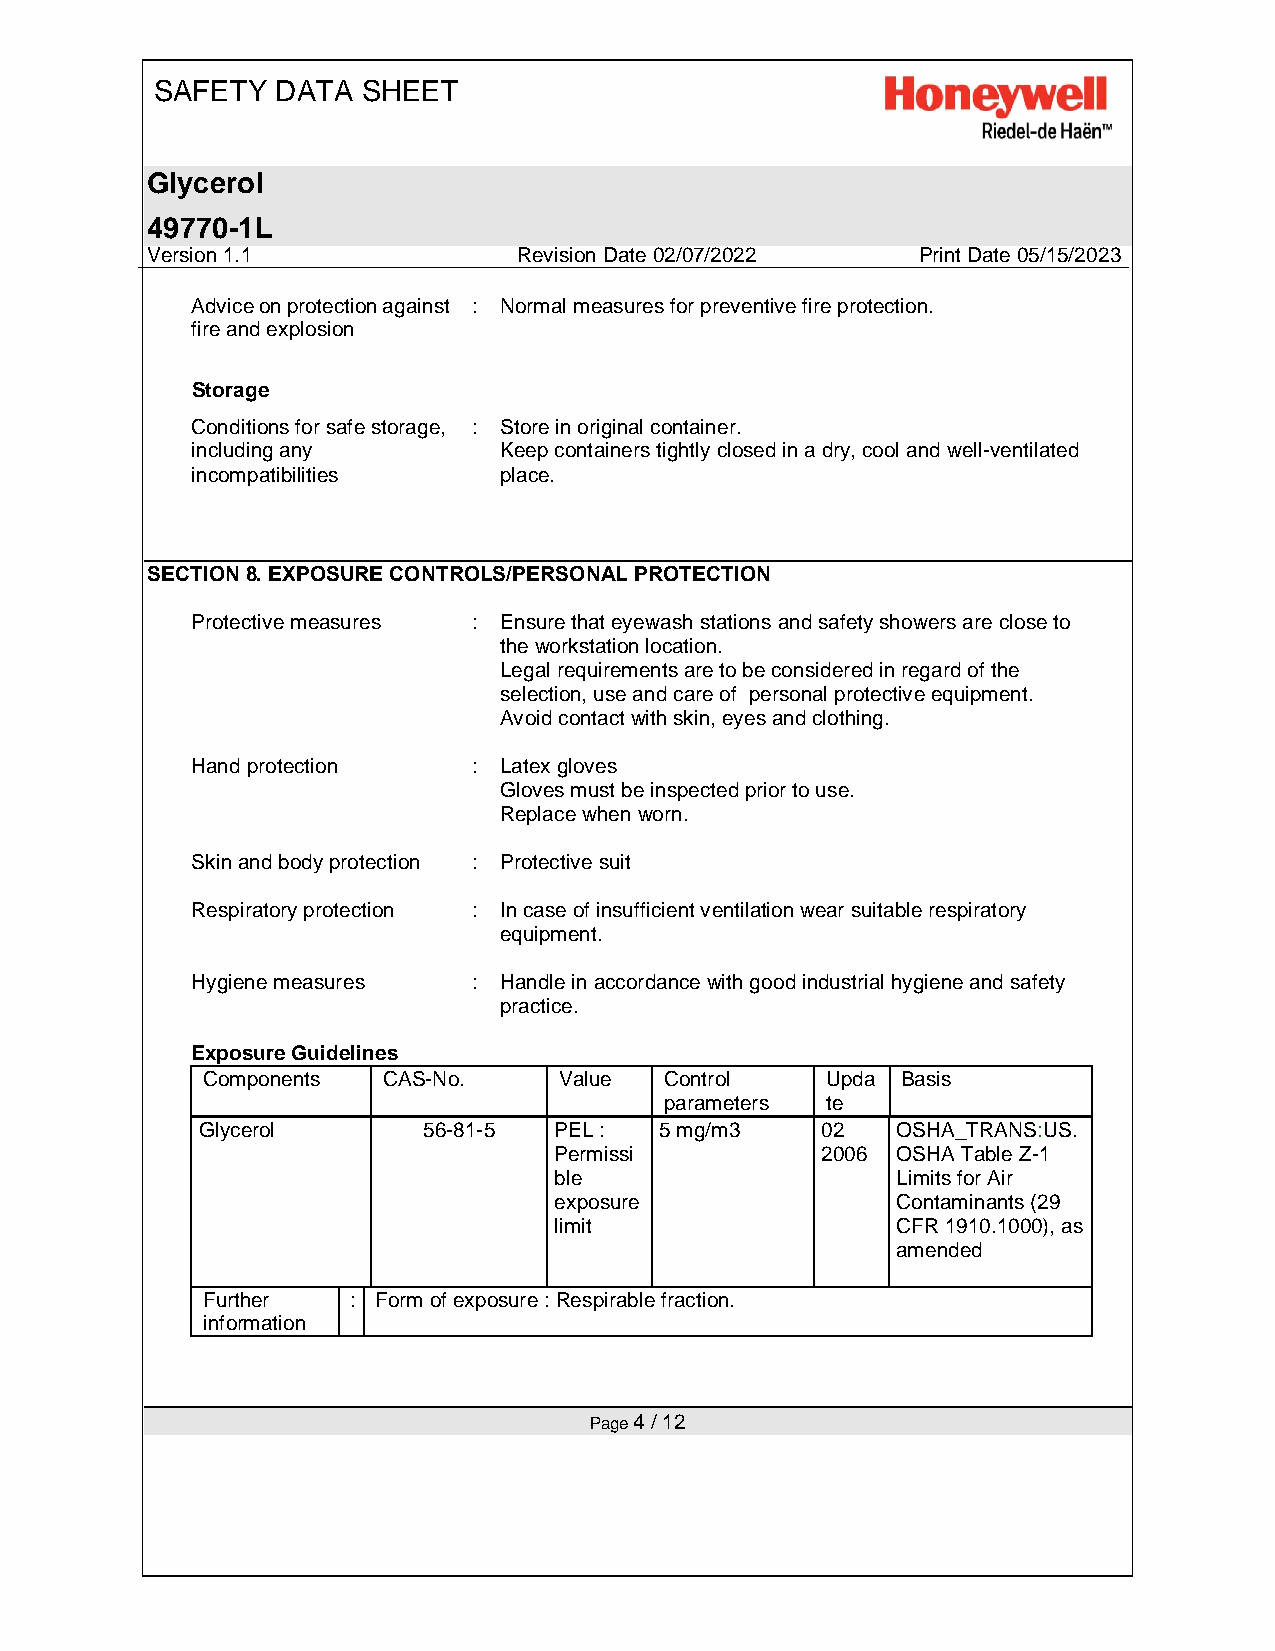
SAFETY  DATA  SHEET
 Glycerol
 49770-1L
 Version 1.1             Revision Date 02/07/2022   Print Date 05/15/2023
 Advice on protection against : Normal measures for preventive fire protection.
 fire and explosion
 Storage
 Conditions for safe storage, : Store in original container.
 including any       Keep containers tightly closed in a dry, cool and well-ventilated
 incompatibilities   place.
 SECTION 8. EXPOSURE CONTROLS/PERSONAL PROTECTION
 Protective measures : Ensure that eyewash stations and safety showers are close to
 the workstation location.
 Legal requirements are to be considered in regard of the
 selection, use and care of personal protective equipment.
 Avoid contact with skin, eyes and clothing.
 Hand protection   : Latex gloves
 Gloves must be inspected prior to use.
 Replace when worn.
 Skin and body protection : Protective suit
 Respiratory protection : In case of insufficient ventilation wear suitable respiratory
 equipment.
 Hygiene measures  : Handle in accordance with good industrial hygiene and safety
 practice.
 Exposure Guidelines
 Components  CAS-No.     Value  Control    Upda Basis
 parameters te
 Glycerol       56-81-5  PEL :  5 mg/m3   02   OSHA_TRANS:US.
 Permissi         2006 OSHA Table Z-1
 ble                   Limits for Air
 exposure              Contaminants (29
 limit                 CFR 1910.1000), as
 amended
 Further   : Form of exposure : Respirable fraction.
 information
 Page 4 / 12